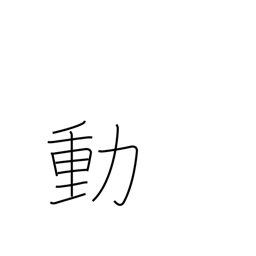
Meaning: confusion